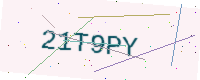
Text: 21T9PY